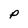
Character: P